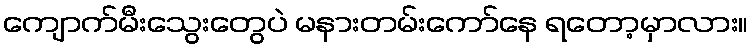
ကျောက်မီးသွေးတွေပဲ မနားတမ်းကော်နေ ရတော့မှာလား။